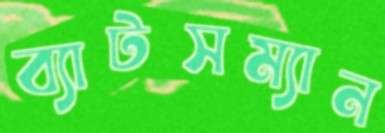
ব্যাটসম্যান